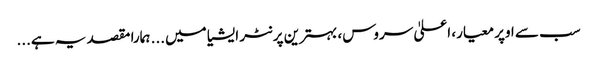
سب سے اوپر معیار، اعلیٰ سروس، بہترین پرنٹر ایشیا میں... ہمارا مقصد یہ ہے...